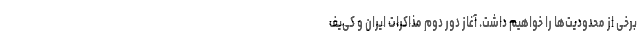
برخی از محدودیت‌ها را خواهیم داشت. آغاز دور دوم مذاکرات ایران و کی‌یف